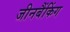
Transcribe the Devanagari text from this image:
जीनबैंकिंग